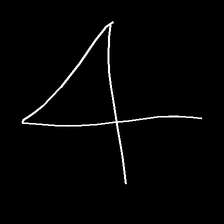
Glyph: collection